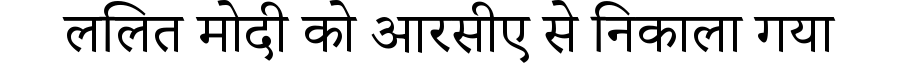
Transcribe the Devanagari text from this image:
ललित मोदी को आरसीए से निकाला गया